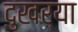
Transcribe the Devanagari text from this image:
दुखर्‍या